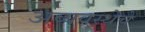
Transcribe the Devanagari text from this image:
अव्यवस्थेचे